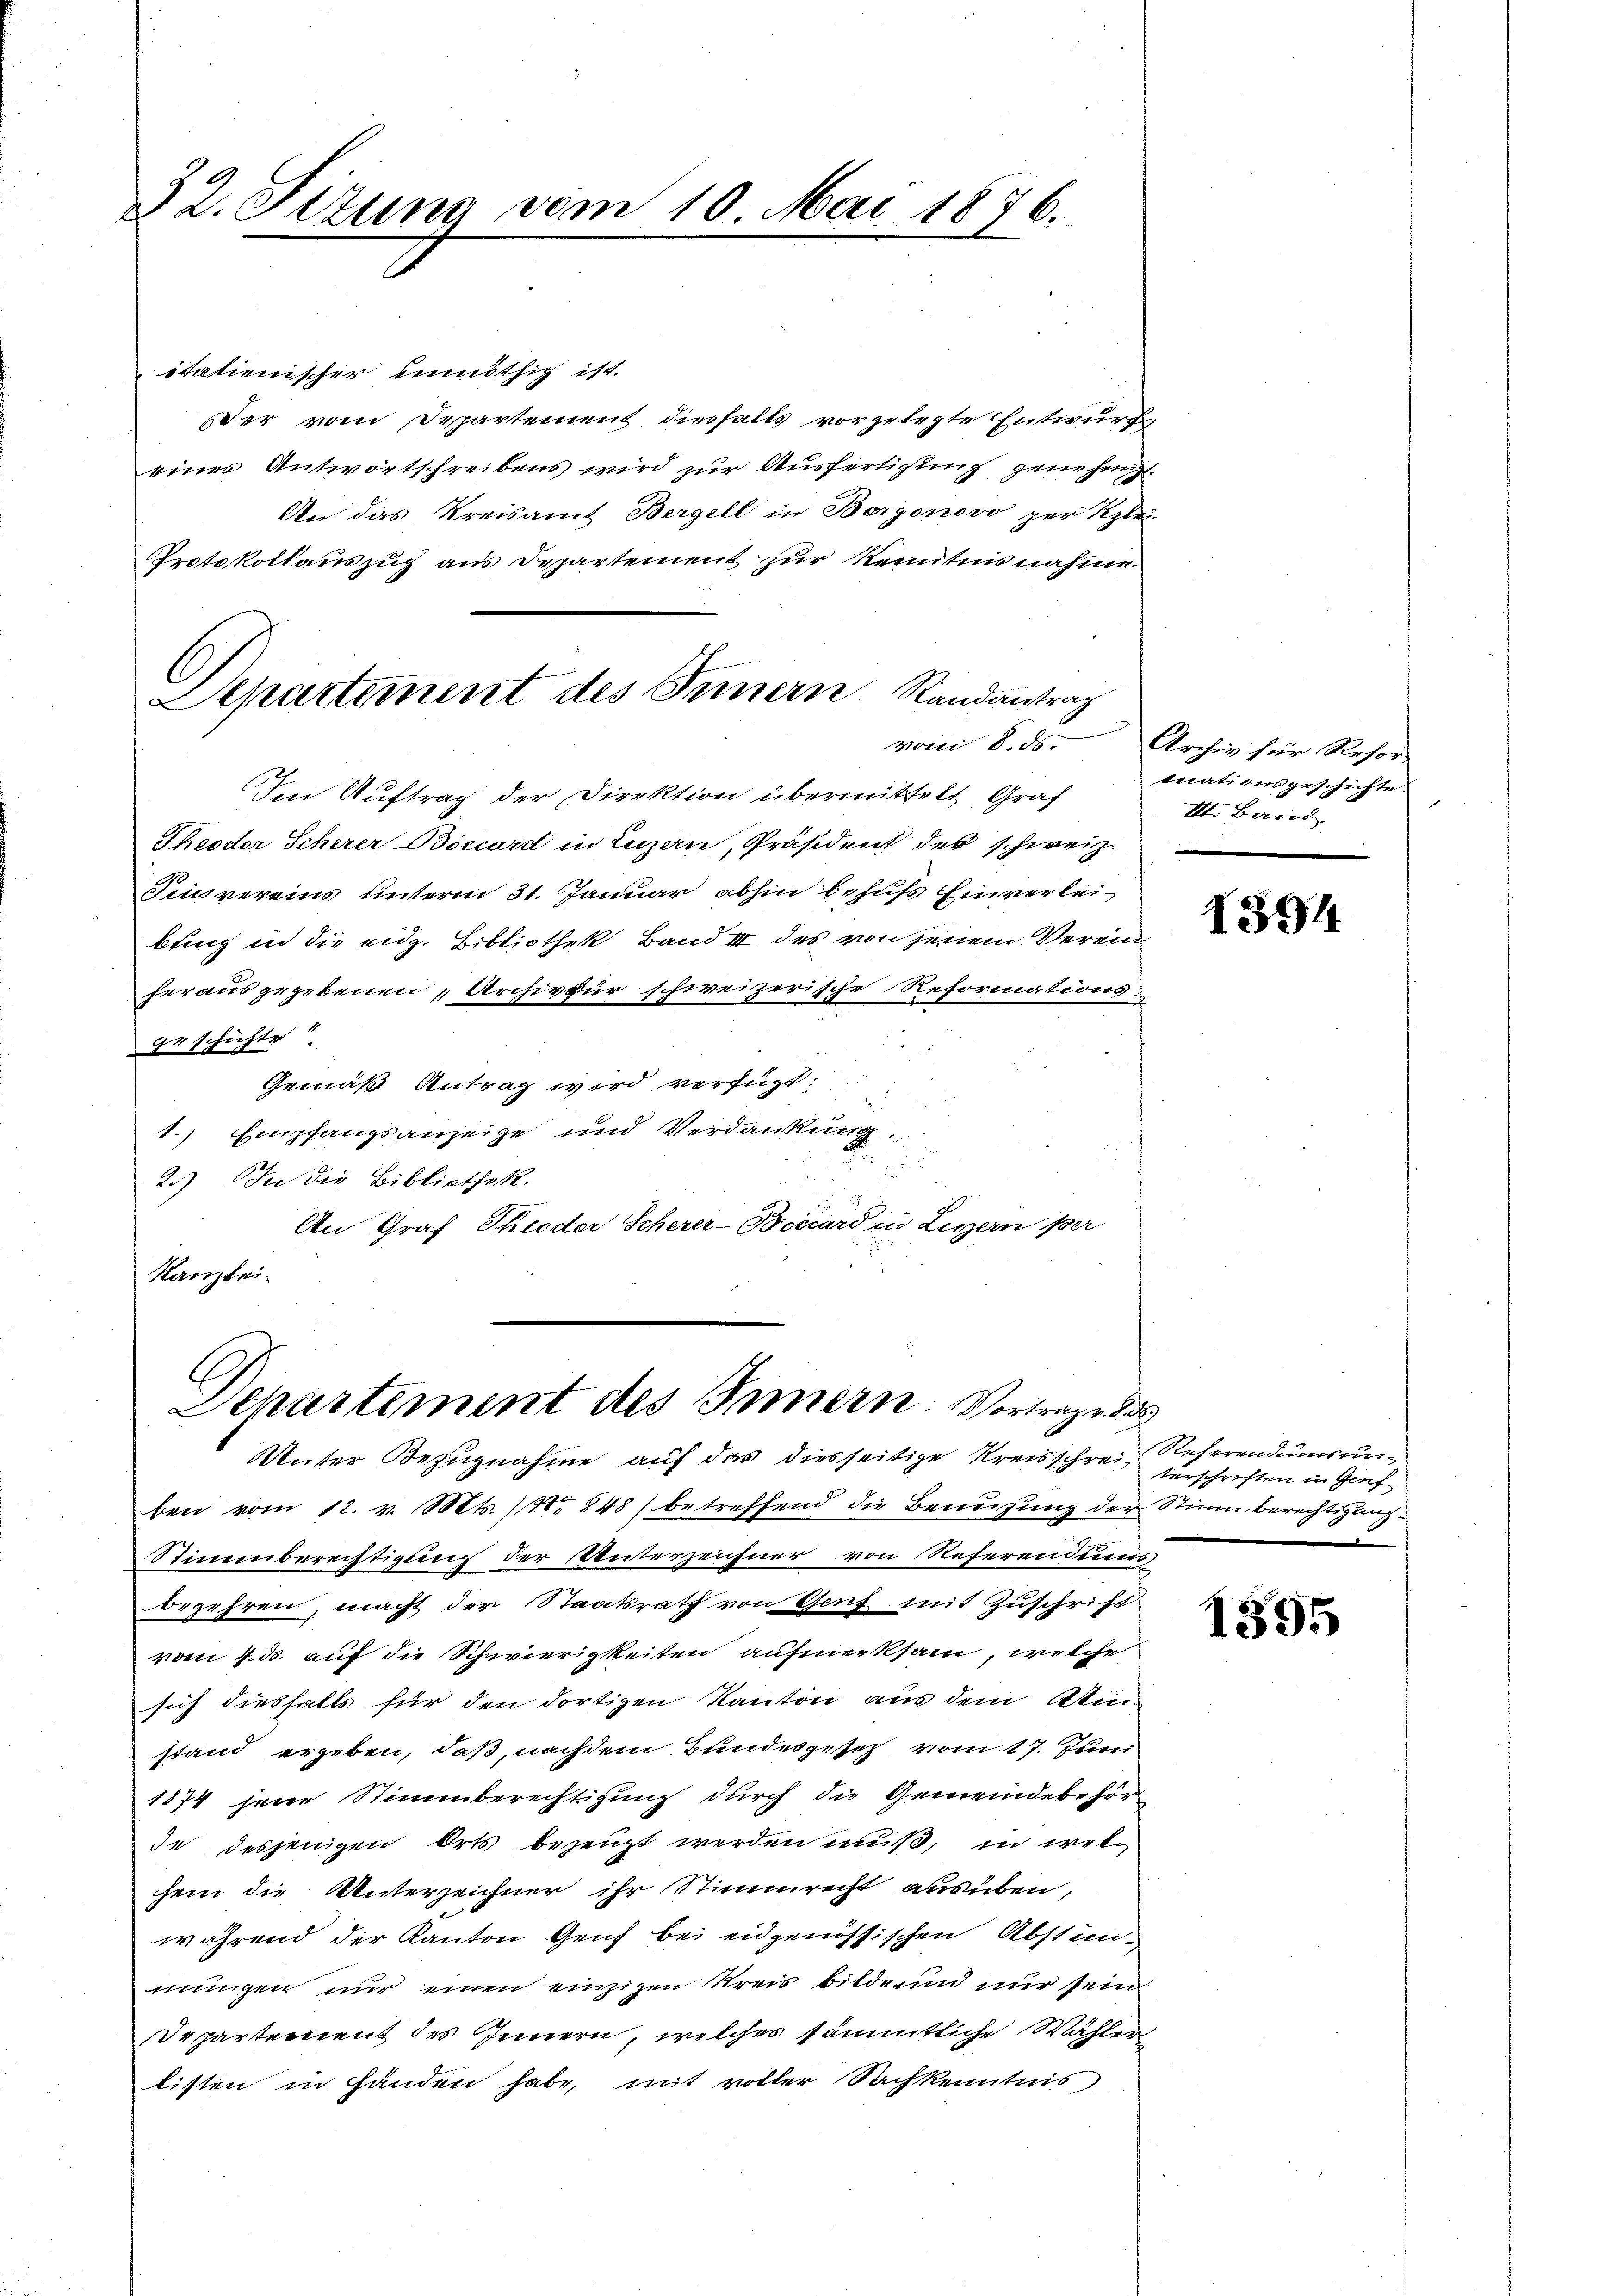
7
& 2. Titung vom 10. Mai 1876.

italienischer unnöthig ist.
er vom Departement diesfalls vorgelegte Entwurf
eines Antwortschreibens wird zur Ausfertigung genehmigt.
An das Kreisamt Bergell in Bergonovo per Klei
Protokollauszug aus Departement zur Kenntnisnahme
Im Auftrag der Direktion übermittelt Graf
Theoder Scherer Biccard in Luzern, Präsident der schweiz.
Tiusvereins unterm 31. Januar abhin behufs Einverleibung in die eidg. Bibliothek, Band II des von jenem Verein
herausgegebenen „Archiv für schweizerische Reformations-
geschichte
Gemäß Antrag wird verfügt:
1. Empfangsanzeige und Verdankung:

2.) In die Bibliothek.
An Graf Theodor Scherer-Boirard in Luzern per
Kanzlei-
E
Departement des Innern. Vortrage d
Unter Bezugnahme auf das diesseitige Kreisschrein Referendung unben vom 12. v. Mts. No 848) betreffend die Benuzung der Stimmberechtigung
Stimmberechtigung der Unterzeichner von Referendues,
begehren, macht der Staatsrath von Genf mit Zuschrift
vom 4. ds. auf die Schwierigkeiten aufmerksam, welche
sich diesfalls für den dortigen Kanton aus dem Kin-
stand ergeben, daß, nachdem Bundesgesetz vom 17. Juni
1874 jene Stimmberechtigung durch die Gemeindebehör
de desjenigen Orts bezeugt werden muß, in welhein die Unterzeichner ihr Stimmrecht ausüben,
während der Kanton Genf bei eidgenössischen Abstimmungen nur einen einzigen Kreis bilde und nur sein
Departement des Innern, welches sämmtliche Wähler
listen in Handen habe, mit voller Nachkenntnis

E
C
Departement des Innern. Randantrag

von 8. ds. Archiv für Resor
tuationsgeschichte.
d
III. Brind

1594

terschriften in Genf

1595